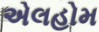
એલહોમ